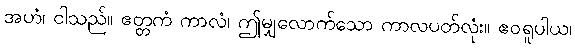
အဟံ၊ ငါသည်။ ဧတ္တကံ ကာလံ၊ ဤမျှလောက်သော ကာလပတ်လုံး။ ဧဝရူပါယ၊